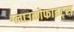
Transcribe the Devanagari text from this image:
ग्लाउकोफाइट्स